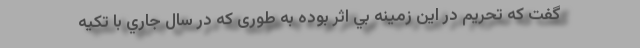
گفت كه تحريم در اين زمينه بي اثر بوده به طوری که در سال جاري با تكيه